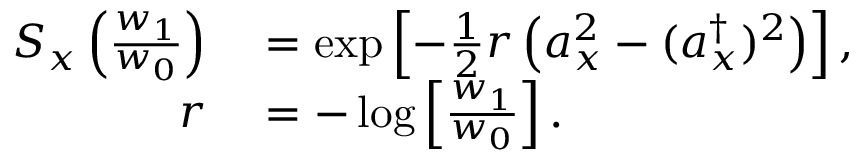
\begin{array} { r l } { S _ { x } \left( \frac { w _ { 1 } } { w _ { 0 } } \right) } & { { } = \exp \left[ - \frac { 1 } { 2 } r \left( a _ { x } ^ { 2 } - ( a _ { x } ^ { \dag } ) ^ { 2 } \right) \right] , } \\ { r } & { { } = - \log \left[ \frac { w _ { 1 } } { w _ { 0 } } \right] . } \end{array}